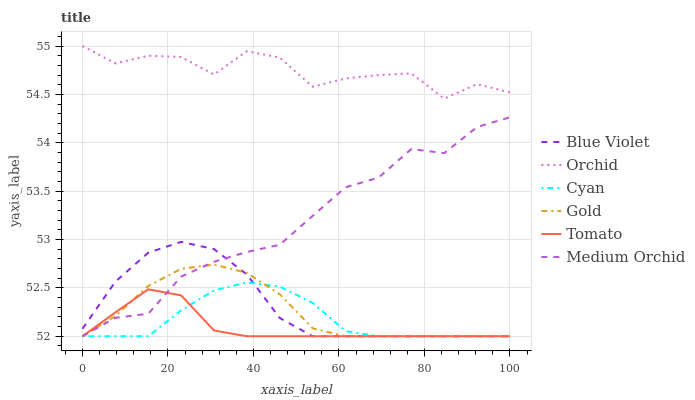
| xaxis_label | Blue Violet | Orchid | Cyan | Gold | Tomato | Medium Orchid |
 | --- | --- | --- | --- | --- | --- | --- |
 | 0 | 52.1 | 55 | 52 | 52 | 52 | 52 |
 | 7.69 | 52.6 | 54.8 | 52 | 52.2 | 52.2 | 52.2 |
 | 15.4 | 52.9 | 54.9 | 52 | 52.5 | 52.5 | 52.2 |
 | 23.1 | 53 | 54.9 | 52.3 | 52.7 | 52.4 | 52.6 |
 | 30.8 | 52.9 | 54.7 | 52.5 | 52.7 | 52.1 | 52.8 |
 | 38.5 | 52.6 | 54.9 | 52.6 | 52.7 | 52 | 52.9 |
 | 46.2 | 52.2 | 54.9 | 52.5 | 52.4 | 52 | 52.9 |
 | 53.8 | 52 | 54.6 | 52.3 | 52.1 | 52 | 53.2 |
 | 61.5 | 52 | 54.7 | 52.1 | 52 | 52 | 53.5 |
 | 69.2 | 52 | 54.7 | 52 | 52 | 52 | 53.6 |
 | 76.9 | 52 | 54.7 | 52 | 52 | 52 | 53.9 |
 | 84.6 | 52 | 54.5 | 52 | 52 | 52 | 53.9 |
 | 92.3 | 52 | 54.6 | 52 | 52 | 52 | 54.2 |
 | 100 | 52 | 54.5 | 52 | 52 | 52 | 54.3 |